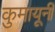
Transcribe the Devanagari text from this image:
कुमायूनी